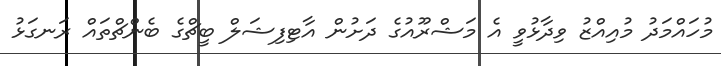
މުހައްމަދު މުއިއްޒު ވިދާޅުވީ އެ މަޝްރޫއުގެ ދަށުން އާޓިފިޝަލް ބީޗްގެ ބެންޗްތައް ރަނގަޅު